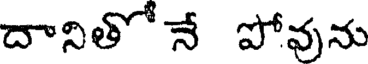
దానితో నే పోవును